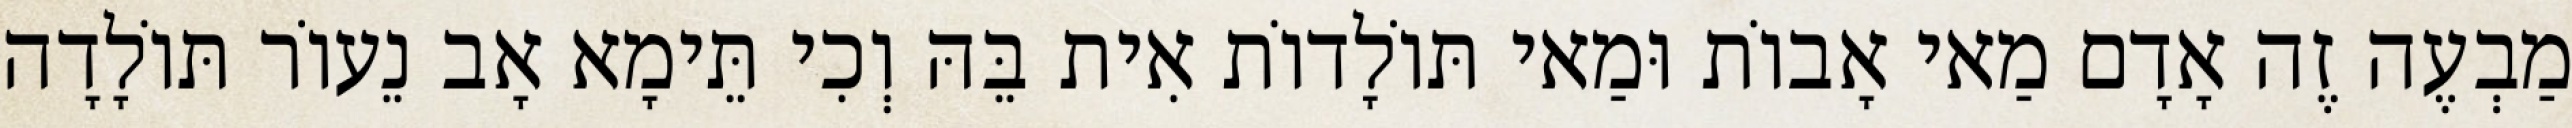
מַבְעֶה זֶה אָדָם מַאי אָבוֹת וּמַאי תּוֹלָדוֹת אִית בֵּהּ וְכִי תֵּימָא אָב נֵעוֹר תּוֹלָדָה